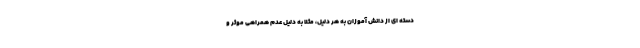
دسته ای از دانش آموزان به هر دلیل، مثلا به دلیل عدم همراهی موثر و